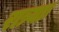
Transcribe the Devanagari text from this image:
रात्र्याः